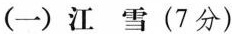
(一)江雪(7分)